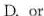
D.or